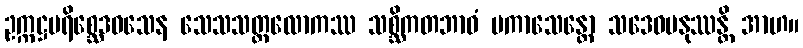
ဥက္ကဋ္ဌပရိစ္ဆေဒဝသေန သေသသတ္တလောကဿ သစ္ဆိကတဘာဝံ ပကာသေန္တော သဒေဝမနုဿန္တိ အာဟ။